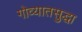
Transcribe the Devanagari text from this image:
गोव्यातसुद्धा